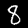
Label: 8